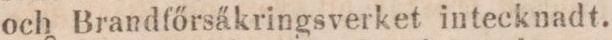
och Brandfőrsäkringsverket in tecknadt.